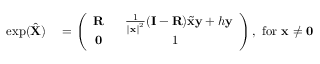
\begin{array} { r l } { \exp ( \hat { \mathbf { X } } ) } & { { } = \left( \begin{array} { c c } { \mathbf { R } } & { \ \ \frac { 1 } { \left\Vert \mathbf { x } \right\Vert ^ { 2 } } ( \mathbf { I } - \mathbf { R } ) \tilde { \mathbf { x } } \mathbf { y } + h \mathbf { y } } \\ { \mathbf { 0 } } & { 1 } \end{array} \right) , \ \mathrm { f o r \ } \mathbf { x } \neq \mathbf { 0 } \ } \end{array}